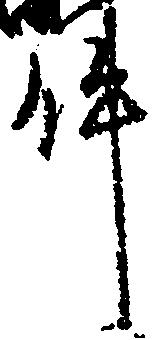
件